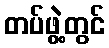
တပ်ဖွဲ့တွင်